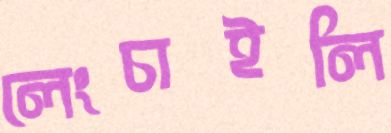
লেংচাইলি